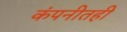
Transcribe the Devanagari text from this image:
कंपनीतही